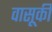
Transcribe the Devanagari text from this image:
वासूकी